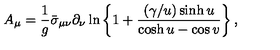
A _ { \mu } = \frac { 1 } { g } \bar { \sigma } _ { \mu \nu } \partial _ { \nu } \ln \left\{ 1 + \frac { ( \gamma / u ) \sinh u } { \cosh u - \cos v } \right\} ,